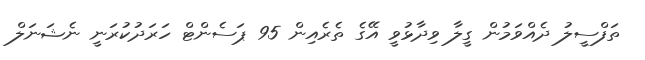
ތަފްސީލު ދެއްވަމުން ގީލާ ވިދާޅުވީ އޭގެ ތެރެއިން 95 ޕަސެންޓް ހަރަދުކުރަނީ ނެޝަނަލް